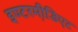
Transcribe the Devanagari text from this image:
इण्टरमी़डिएट